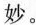
妙。